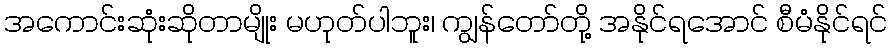
အကောင်းဆုံးဆိုတာမျိုး မဟုတ်ပါဘူး၊ ကျွန်တော်တို့ အနိုင်ရအောင် စီမံနိုင်ရင်